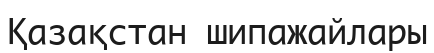
Қазақстан шипажайлары